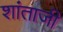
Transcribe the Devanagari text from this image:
शांताजी